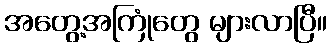
အတွေ့အကြုံတွေ များလာပြီ။